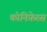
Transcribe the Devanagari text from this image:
कोनिफ़ेरस